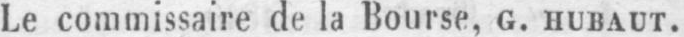
Le commissaire de la Bourse, G. HUBAUT.